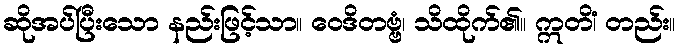
ဆိုအပ်ပြီးသော နည်းဖြင့်သာ။ ဝေဒိတဗ္ဗံ၊ သိထိုက်၏။ ဣတိံ၊ တည်း။